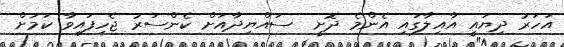
އަހަރު ދިޔައީ އާއިލާގައި އެންމެ ދޮށީ  ސައްޔިދާއަށް ކެންސަރު ޖެހިފައިވާ ކަމަށް